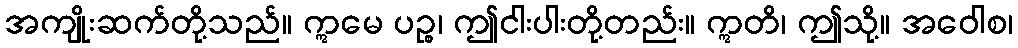
အကျိုးဆက်တို့သည်။ ဣမေ ပဉ္စ၊ ဤငါးပါးတို့တည်း။ ဣတိ၊ ဤသို့။ အဝေါစ၊